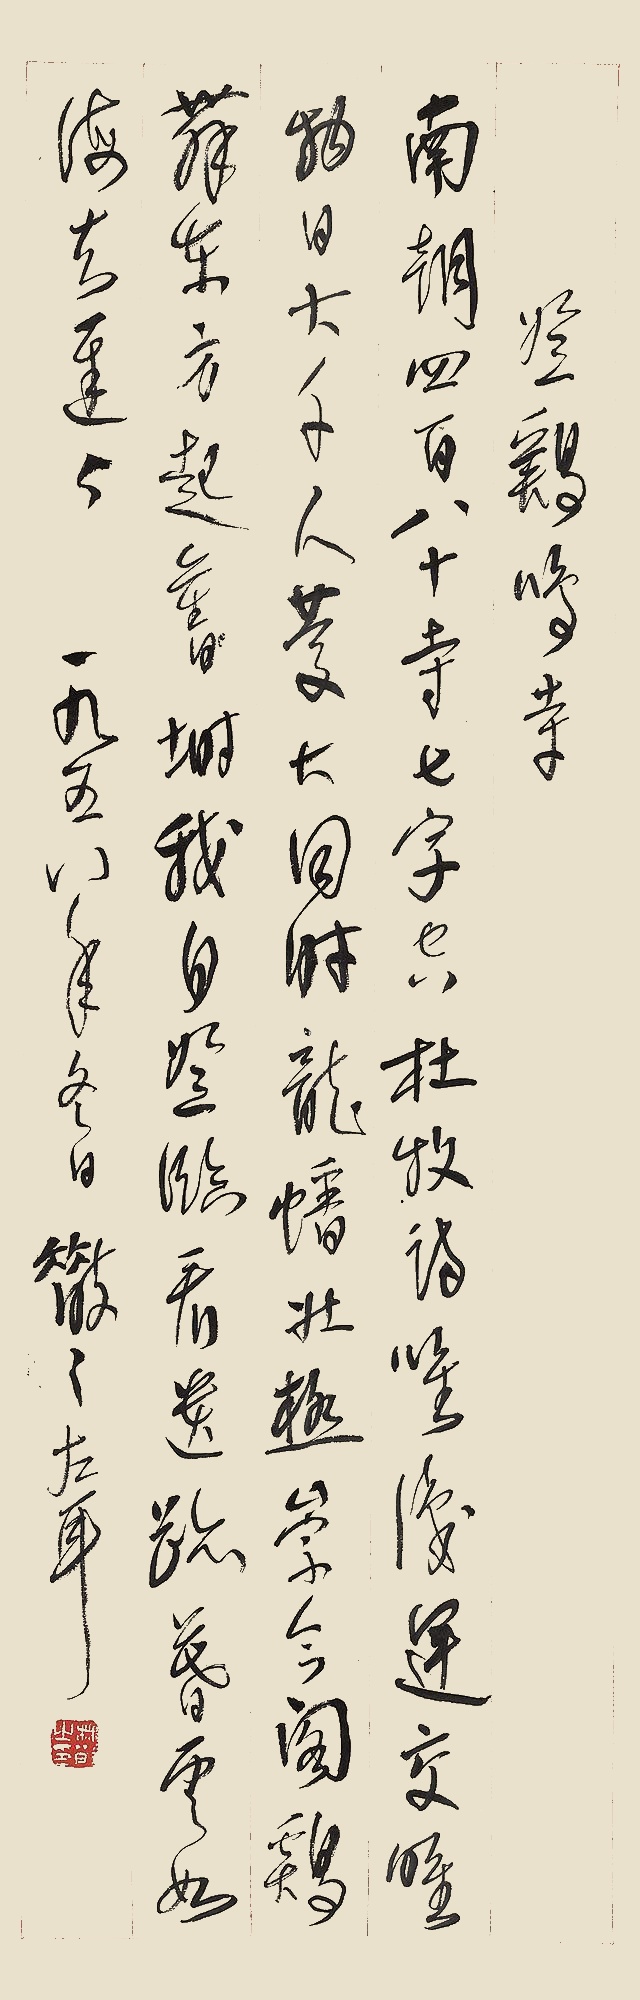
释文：登鸡鸣寺。南朝四百八十寺，七字空存杜牧诗。唯识运交唯物日，大千人庆大同时。龙蟠北极崇今阁，鸡舞东方起旧埘。我自登临看遗迹，暮云如海去迟迟。一九五八年冬日，散之左耳。